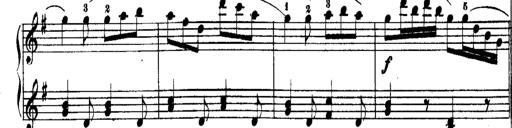
Title: Rondos and Sonatinas for Pianoforte
Composer: Daniel Steibelt